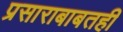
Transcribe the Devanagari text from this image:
प्रसाराबाबतही